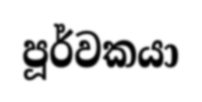
පූර්වකයා